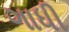
ગાધી